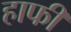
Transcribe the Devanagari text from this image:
हाफी